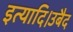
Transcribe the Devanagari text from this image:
इत्यादि।उबैद